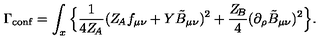
\Gamma _ { \mathrm { c o n f } } = \int _ { x } \Big \{ \frac { 1 } { 4 Z _ { \! A } } ( Z _ { \! A } f _ { \mu \nu } + Y \tilde { B } _ { \mu \nu } ) ^ { 2 } + \frac { Z _ { \! B } } { 4 } ( \partial _ { \rho } \tilde { B } _ { \mu \nu } ) ^ { 2 } \Big \} .